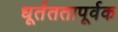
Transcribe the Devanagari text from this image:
धूर्तततापूर्वक